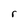
Character: r